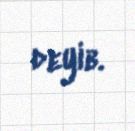
deyib.